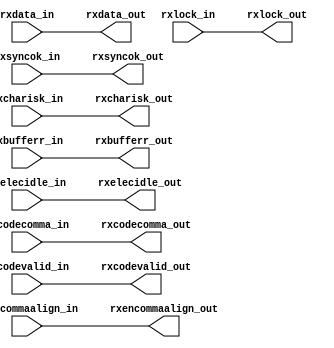
module xaui_rx_steer #(
    parameter LANE_STEER = 8'b0000_0000
  ) (
    input  [8*64-1:0] rxdata_in,
    input   [8*8-1:0] rxcharisk_in,
    input   [8*8-1:0] rxcodecomma_in,
    input   [8*4-1:0] rxencommaalign_in,
    input   [8*4-1:0] rxsyncok_in,
    input   [8*8-1:0] rxcodevalid_in,
    input   [8*4-1:0] rxlock_in,
    input   [8*4-1:0] rxelecidle_in,
    input   [8*4-1:0] rxbufferr_in,
    output [8*64-1:0] rxdata_out,
    output  [8*8-1:0] rxcharisk_out,
    output  [8*8-1:0] rxcodecomma_out,
    output  [8*4-1:0] rxencommaalign_out,
    output  [8*4-1:0] rxsyncok_out,
    output  [8*8-1:0] rxcodevalid_out,
    output  [8*4-1:0] rxlock_out,
    output  [8*4-1:0] rxelecidle_out,
    output  [8*4-1:0] rxbufferr_out
  );

  wire [7:0] lane_steer = LANE_STEER;

  genvar J;
generate for (J=0; J < 8; J=J+1) begin : steer_wrap_gen

  assign  rxdata_out[J*64+:64] = !lane_steer[J] ? rxdata_in[J*64+:64]:
                                 {rxdata_in[J*64 +  0+:16],
                                  rxdata_in[J*64 + 16+:16],
                                  rxdata_in[J*64 + 32+:16],
                                  rxdata_in[J*64 + 48+:16]};

  assign  rxcharisk_out[J*8+:8] = !lane_steer[J] ? rxcharisk_in[J*8+:8]:
                                  {rxcharisk_in[J*8 + 0+:2], 
                                   rxcharisk_in[J*8 + 2+:2], 
                                   rxcharisk_in[J*8 + 4+:2], 
                                   rxcharisk_in[J*8 + 6+:2]};

  assign  rxcodecomma_out[J*8+:8] = !lane_steer[J] ? rxcodecomma_in[J*8+:8]:
                                    {rxcodecomma_in[J*8 + 0+:2], 
                                     rxcodecomma_in[J*8 + 2+:2], 
                                     rxcodecomma_in[J*8 + 4+:2], 
                                     rxcodecomma_in[J*8 + 6+:2]};

  assign  rxsyncok_out[J*4+:4] = !lane_steer[J] ? rxsyncok_in[J*4+:4]:
                                 {rxsyncok_in[J*4 + 0], 
                                  rxsyncok_in[J*4 + 1], 
                                  rxsyncok_in[J*4 + 2], 
                                  rxsyncok_in[J*4 + 3]};

  assign  rxcodevalid_out[J*8+:8] = !lane_steer[J] ? rxcodevalid_in[J*8+:8]:
                                    {rxcodevalid_in[J*8 + 0+:2],
                                     rxcodevalid_in[J*8 + 2+:2],
                                     rxcodevalid_in[J*8 + 4+:2],
                                     rxcodevalid_in[J*8 + 6+:2]};

  assign  rxbufferr_out[J*4+:4] = !lane_steer[J] ? rxbufferr_in[J*4+:4]:
                                  {rxbufferr_in[J*4 + 0],
                                   rxbufferr_in[J*4 + 1],
                                   rxbufferr_in[J*4 + 2],
                                   rxbufferr_in[J*4 + 3]};

  assign  rxelecidle_out[J*4+:4] = !lane_steer[J] ? rxelecidle_in[J*4+:4]:
                                   {rxelecidle_in[J*4 + 0],
                                    rxelecidle_in[J*4 + 1],
                                    rxelecidle_in[J*4 + 2],
                                    rxelecidle_in[J*4 + 3]};

  assign  rxlock_out[J*4+:4] = !lane_steer[J] ? rxlock_in[J*4+:4]:
                               {rxlock_in[J*4 + 0],
                                rxlock_in[J*4 + 1],
                                rxlock_in[J*4 + 2],
                                rxlock_in[J*4 + 3]};


  assign rxencommaalign_out[J*4+:4] = !lane_steer[J] ? rxencommaalign_in[J*4+:4]:
                                      {rxencommaalign_in[J*4 + 0],
                                       rxencommaalign_in[J*4 + 1],
                                       rxencommaalign_in[J*4 + 2],
                                       rxencommaalign_in[J*4 + 3]};

end endgenerate // steer_wrap_gen

endmodule